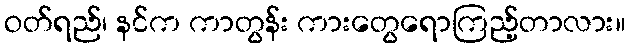
ဝတ်ရည်၊ နင်က ကာတွန်း ကားတွေရောကြည့်တာလား။